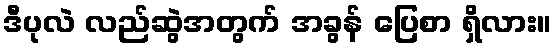
ဒီပုလဲ လည်ဆွဲအတွက် အခွန် ပြေစာ ရှိလား။